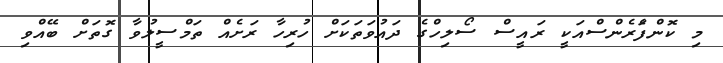
މި ކޮންފެަރެންސްއަކީ ރައީސް ސޯލިހްގެ ދައުވަތަކަށް ހުރިހާ ރަށެއް ތަމްސީލުވާ ގޮތަށް ބޭއްވި